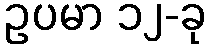
ဥပမာ ၁၂-ခု